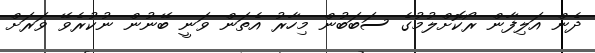
ދެން އަލިފާން ރޯކޮށްލުމުގެ ސަބަބުން މިހާރު އެތަން ވަނީ ބޭނުން ނުކުރެވޭ ވަރަށް